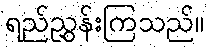
ရည်ညွှန်းကြသည်။